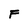
Character: F